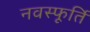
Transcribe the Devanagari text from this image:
नवस्फूर्ति